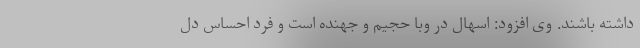
داشته باشند. وی افزود: اسهال در وبا حجیم و جهنده است و فرد احساس دل